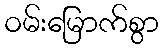
ဝမ်းမြောက်စွာ